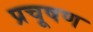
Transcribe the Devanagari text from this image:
प्रचूषण